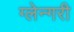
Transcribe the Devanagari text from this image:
ग्लेन्गरी